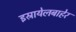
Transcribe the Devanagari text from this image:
इस्रायेलबाहेर